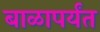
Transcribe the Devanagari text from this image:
बाळापर्यंत